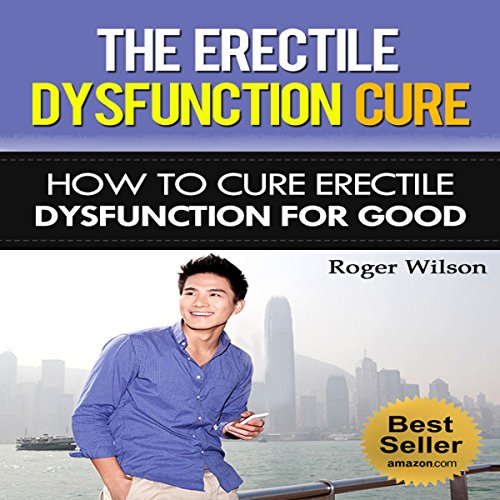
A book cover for Erectile Dysfunction Cure: How to Cure Erectile Dysfunction for Good; Roger Wilson; Health, Fitness & Dieting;